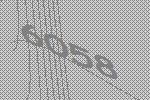
6058